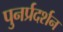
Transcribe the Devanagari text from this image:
पुनर्प्रदर्शन